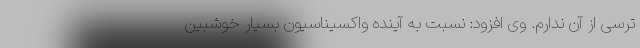
ترسی از آن ندارم. وی افزود: نسبت به آینده واکسیناسیون بسیار خوشبین